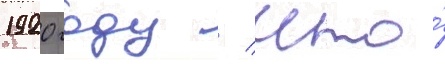
1920 году / что́